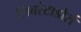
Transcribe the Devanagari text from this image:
लिबरेटाडोर्स